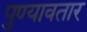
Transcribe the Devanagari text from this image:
पुण्यावतार